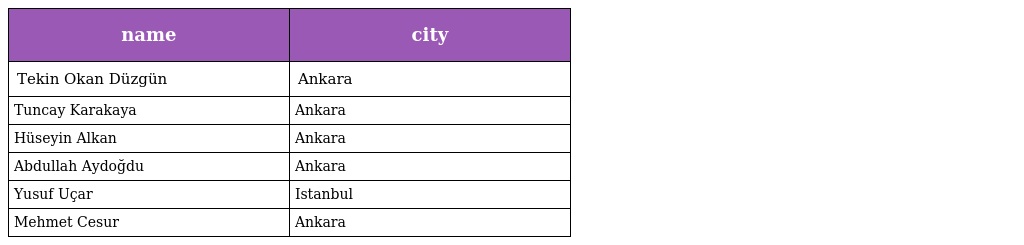
| name | city |
 | --- | --- |
 | Tekin Okan Düzgün | Ankara |
 | Tuncay Karakaya | Ankara |
 | Hüseyin Alkan | Ankara |
 | Abdullah Aydoğdu | Ankara |
 | Yusuf Uçar | Istanbul |
 | Mehmet Cesur | Ankara |